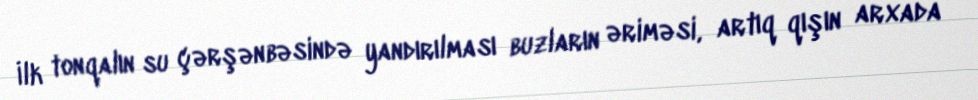
İlk tonqalın su çərşənbəsində yandırılması buzların əriməsi, artıq qışın arxada